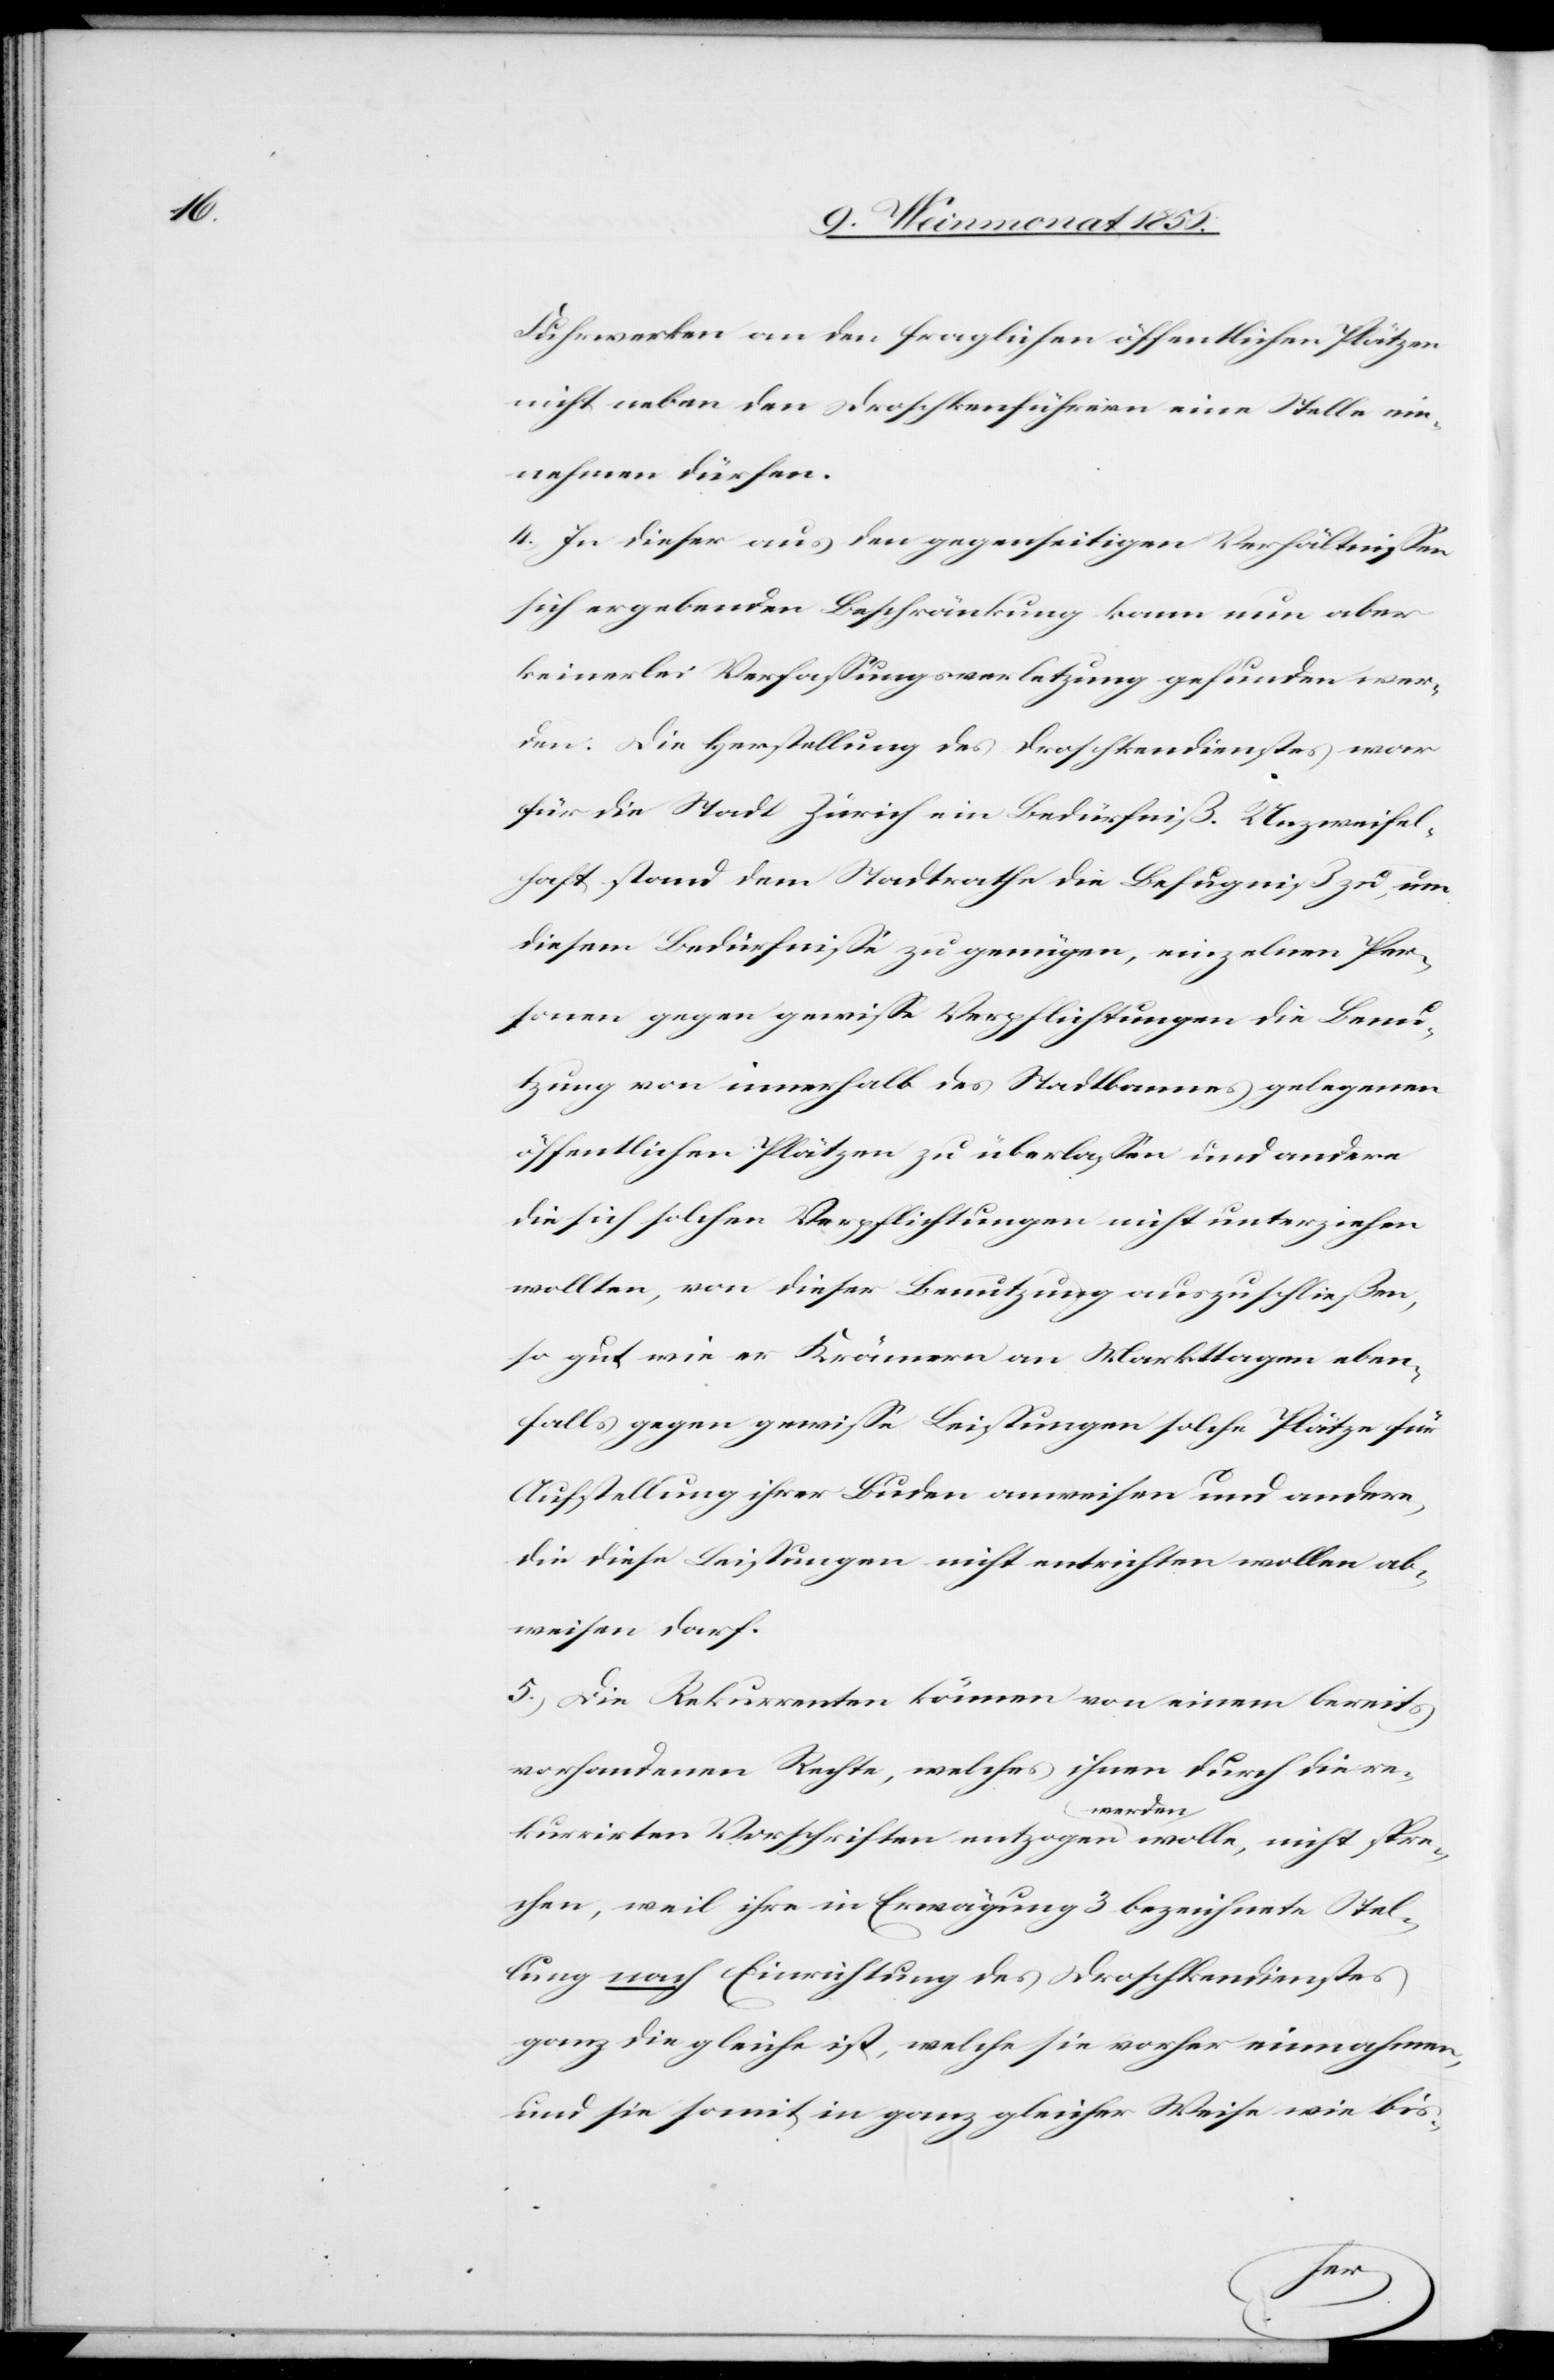
Fuhrwerken an den fraglichen öffentlichen Plätzen
nicht neben den Droschkenführern eine Stelle ein¬
nehmen dürfen.
4.) In dieser aus den gegenseitigen Verhältnissen
sich ergebenden Beschränkung kann nun aber
keinerlei Verfassungsverletzung gefunden wer¬
den. Die Herstellung des Droschkendienstes war
für die Stadt Zürich ein Bedürfniß. Unzweifel¬
haft stand dem Stadtrathe die Befugniß zu, um
diesem Bedürfnisse zu genügen, einzelnen Per¬
sonen gegen gewisse Verpflichtungen die Benu¬
tzung von innerhalb des Stadtbannes gelegenen
öffentlichen Plätzen zu überlassen und andere
die sich solchen Verpflichtungen nicht unterziehen
wollten, von dieser Benutzung auszuschließen,
so gut wie er Krämern an Markttagen eben¬
falls gegen gewisse Leistungen solche Plätze für
Aufstellung ihrer Buden anweisen und andere,
die diese Leistungen nicht entrichten wollen ab¬
weisen darf.
5.) Die Rekurrenten können von einem bereits
vorhandenen Rechte, welches ihnen durch die re¬
kurrirten Vorschriften entzogen a-werden-a wolle, nicht spre¬
chen, weil ihre in Erwägung 3 bezeichnete Stel¬
lung nach Einrichtung des Droschkendienstes
ganz die gleiche ist, welche sie vorher einnahmen,
und sie somit in ganz gleicher Weise wie bis-